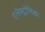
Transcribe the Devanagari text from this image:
एलेक्ट्रोनिका